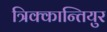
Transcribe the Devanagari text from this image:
त्रिक्कान्तियुर